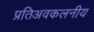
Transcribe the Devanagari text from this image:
प्रतिअवकलनीय